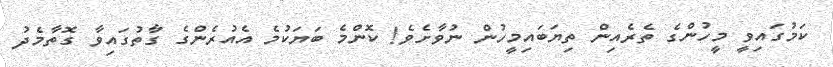
ކަމުގައިވީ މީހުންގެ ތެރެއިން ތިޔަބައިމީހުން ނުވާށެވެ! ކޮންމެ ބަޔަކުުމެ އެއުރެންގެ ގާތުގައިވާ ގޮތާމެދު